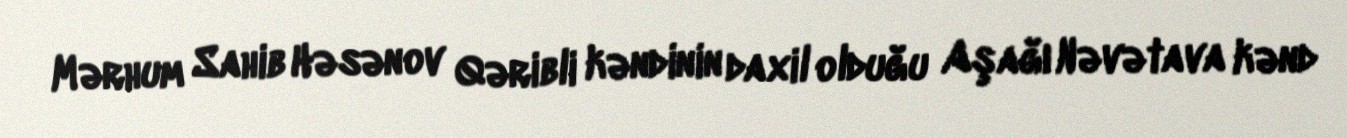
Mərhum Sahib Həsənov Qəribli kəndinin daxil olduğu Aşağı Nəvətava kənd